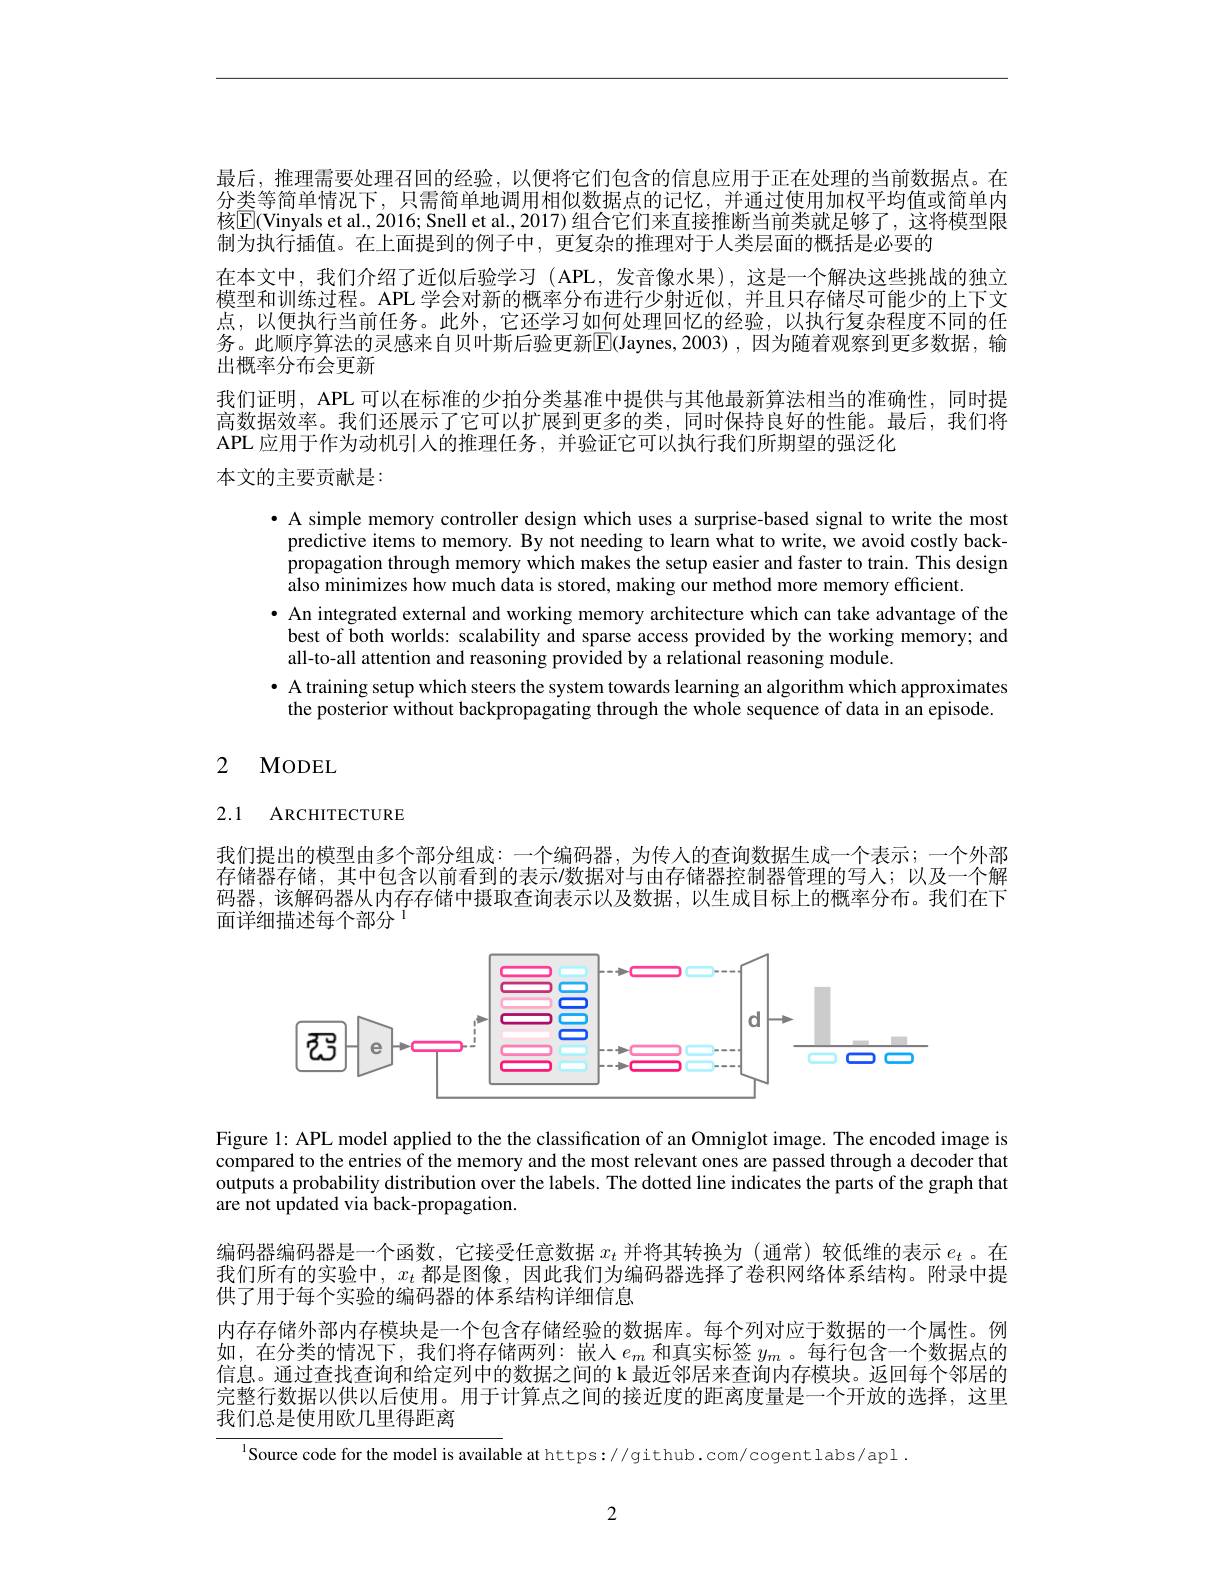
最后，推理需要处理召回的经验，以便将它们包含的信息应用于正在处理的当前数据点。在分类等简单情况下，只需简单地调用相似数据点的记忆，并通过使用加权平均值或简单内核$\mathbb{E}($Vinyals et al., 2016; Snell et al., 2017) 组合它们来直接推断当前类就足够了，这将模型限制为执行插值。在上面提到的例子中，更复杂的推理对于人类层面的概括是必要的
在本文中，我们介绍了近似后验学习 (APL,发音像水果),这是一个解决这些挑战的独立模型和训练过程。APL 学会对新的概率分布进行少射近似，并且只存储尽可能少的上下文点，以便执行当前任务。此外，它还学习如何处理回忆的经验，以执行复杂程度不同的任务。此顺序算法的灵感来自贝叶斯后验更新$\overline{\mathrm{E}}($Jaynes,2003),因为随着观察到更多数据，输出概率分布会更新
我们证明，APL 可以在标准的少拍分类基准中提供与其他最新算法相当的准确性，同时提高数据效率。我们还展示了它可以扩展到更多的类，同时保持良好的性能。最后，我们将APL 应用于作为动机引人的推理任务，并验证它可以执行我们所期望的强泛化
本文的主要贡献是：

· A simple memory controller design which uses a surprise-based signal to write the most predictive items to memory. By not needing to learn what to write, we avoid costly backpropagation through memory which makes the setup easier and faster to train. This design also minimizes how much data is stored, making our method more memory efficient.
· An integrated external and working memory architecture which can take advantage of the best of both worlds: scalability and sparse access provided by the working memory; and all-to-all attention and reasoning provided by a relational reasoning module.
· A training setup which steers the system towards learning an algorithm which approximates the posterior without backpropagating through the whole sequence of data in an episode.

## 2 MODEL

## 2.1 ARCHITECTURE

我们提出的模型由多个部分组成：一个编码器，为传入的查询数据生成一个表示；一个外部存储器存储，其中包含以前看到的表示$\prime$数据对与由存储器控制器管理的写人；以及一个解码器，该解码器从内存存储中摄取查询表示以及数据，以生成目标上的概率分布。我们在下面详细描述每个部分$^{1}$

<FigureHere>

Figure l: APL model applied to the the classification of an Omniglot image. The encoded image is compared to the entries of the memory and the most relevant ones are passed through a decoder that outputs a probability distribution over the labels. The dotted line indicates the parts of the graph that $\hat{\text{are not updated via back-propagation}}.$

编码器编码器是一个函数，它接受任意数据$x_t$并将其转换为 (通常) 较低维的表示$e_t$。在我们所有的实验中，$x_t$都是图像，因此我们为编码器选择了卷积网络体系结构。附录中提供了用于每个实验的编码器的体系结构详细信息
内存存储外部内存模块是一个包含存储经验的数据库。每个列对应于数据的一个属性。例如，在分类的情况下，我们将存储两列：嵌人$e_m$和真实标签$y_m$ 。每行包含一个数据点的信息。通过查找查询和给定列中的数据之间的 k 最近邻居来查询内存模块。返回每个邻居的完整行数据以供以后使用。用于计算点之间的接近度的距离度量是一个开放的选择，这里

我们总是使用欧几里得距离

$^{1}$Source code for the model is available at https://github.com/cogent labs/apl

2